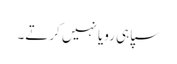
سپاہی رویا نہیں کرتے۔